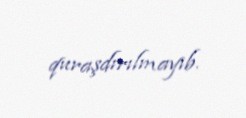
quraşdırılmayıb.